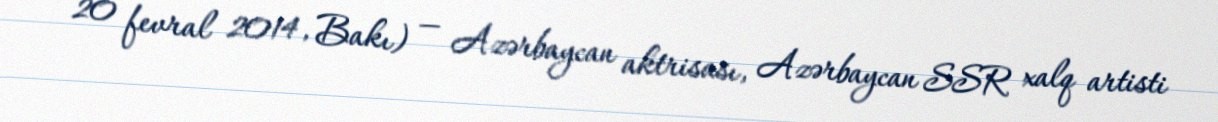
20 fevral 2014, Bakı) — Azərbaycan aktrisası, Azərbaycan SSR xalq artisti